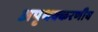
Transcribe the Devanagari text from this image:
अपृथक्करणीय